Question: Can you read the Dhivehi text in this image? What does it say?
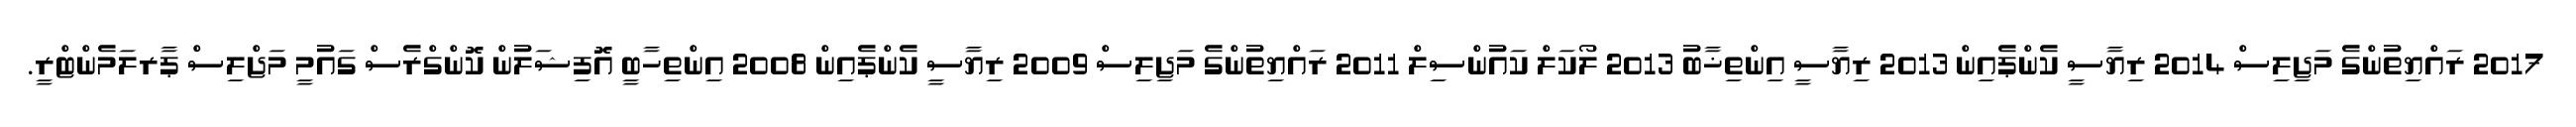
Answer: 2017 ރައްޔިތުންގެ މަޖިލިސް 2014 ރިޔާސީ ކެންޕެއިން 2013 ރިޔާސީ އިންތިޚާބު 2013 ލޯކަލް ކައުންސިލް 2011 ރައްޔިތުންގެ މަޖިލިސް 2009 ރިޔާސީ ކެންޕެއިން 2008 އިންތިހާބީ އޮފިޝަލުން ކޮންގްރެސް ގައުމީ މަޖްލިސް ޕާރލަމެންޓްރީ.